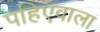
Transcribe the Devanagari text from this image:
पहिएवाला